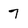
Character: 7